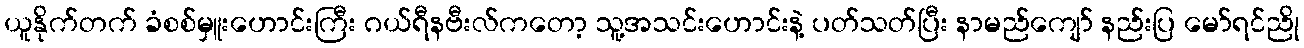
ယူနိုက်တက် ခံစစ်မှူးဟောင်းကြီး ဂယ်ရီနဗီးလ်ကတော့ သူ့အသင်းဟောင်းနဲ့ ပတ်သတ်ပြီး နာမည်ကျော် နည်းပြ မော်ရင်ညို